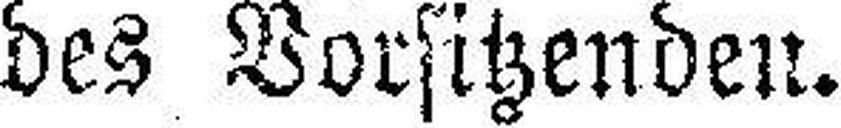
des Vorsitzenden.